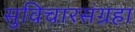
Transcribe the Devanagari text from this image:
सुविचारसंग्रहा